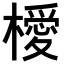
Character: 𣜬